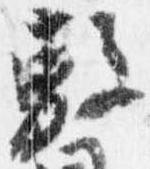
敷